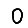
Digit: 0